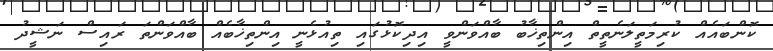
ކޮންބައެއް ކުރިމަތީލަނެތީތް އިންތިޚާބު ބާއްވަންވީ އިދިކޮޅުގައި ތިއުޅެނީ އިންތިޚާބެއް ބާއްވަންތަ ރައިސް ނަޝީދު